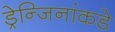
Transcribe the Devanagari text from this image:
ड्रेन्जिनांकडे